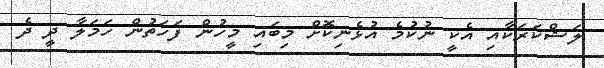
ލަޝްކަރަކާއި އެކީ ނުކުމެ އުޅެނިކޮށް މިބައި މީހުން ފަހަތުން ހަމަލާ ދީ ދެ